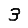
Digit: 3